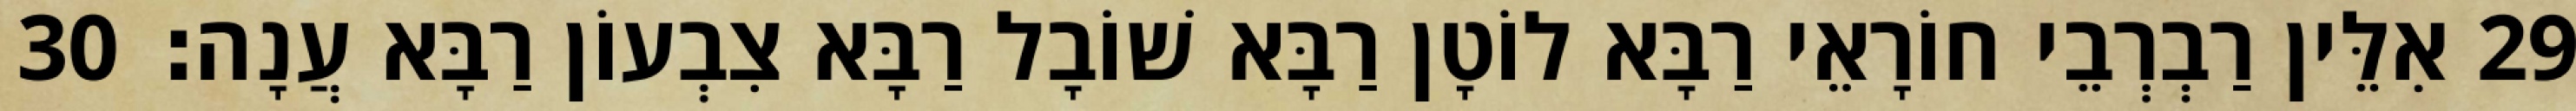
29 אִלֵּין רַבְרְבֵי חוֹרָאֵי רַבָּא לוֹטָן רַבָּא שׁוֹבָל רַבָּא צִבְעוֹן רַבָּא עֲנָה׃ 30